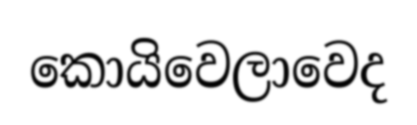
කොයිවෙලාවෙද